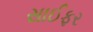
સાઈફર